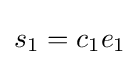
s_{1}=c_{1}e_{1}